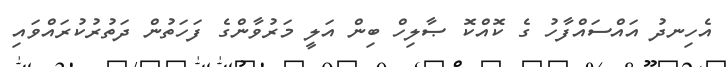
އެހިނދު އައްސައްފާހު ގެ ކޮއްކޮ ޞާލިހް ބިން އަލީ މަރުވާންގެ ފަހަތުން ދަތުރުކުރައްވައި